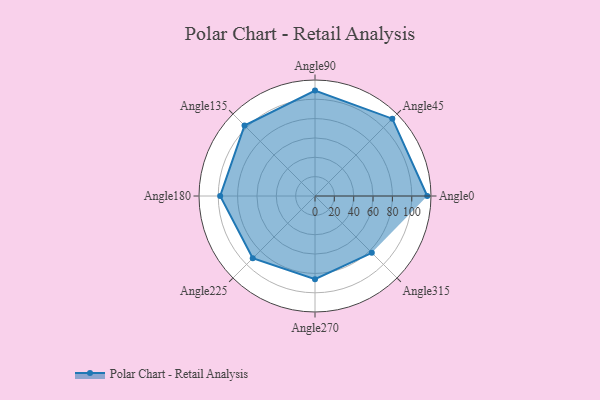
{"axis": {"x": "Angle", "y": "Radius"}, "legend": [""], "data": [{"x": "Angle0", "y": 116.0, "type": ""}, {"x": "Angle45", "y": 113.0, "type": ""}, {"x": "Angle90", "y": 109.0, "type": ""}, {"x": "Angle135", "y": 103.0, "type": ""}, {"x": "Angle180", "y": 98.0, "type": ""}, {"x": "Angle225", "y": 91.0, "type": ""}, {"x": "Angle270", "y": 86.0, "type": ""}, {"x": "Angle315", "y": 83.0, "type": ""}]}